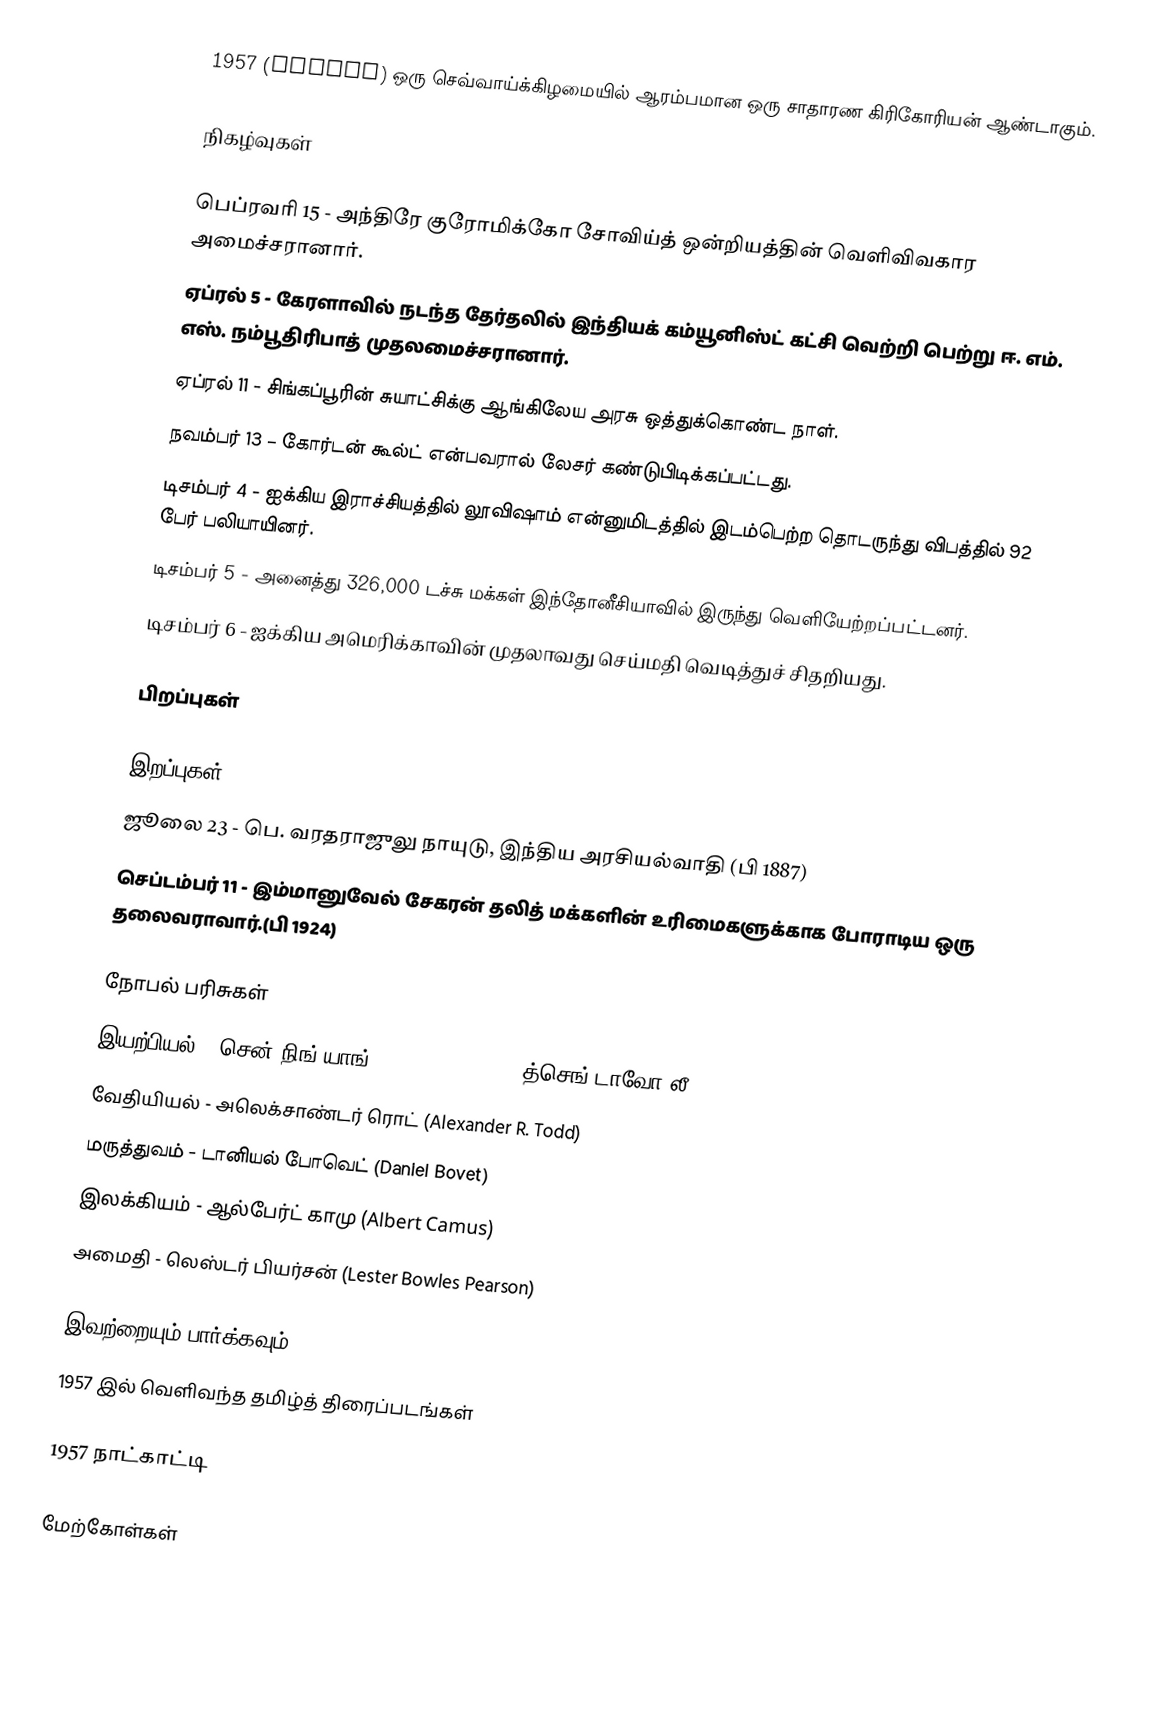
1957  (MCMLII) ஒரு செவ்வாய்க்கிழமையில் ஆரம்பமான ஒரு சாதாரண கிரிகோரியன் ஆண்டாகும்.

நிகழ்வுகள்

 பெப்ரவரி 15 - அந்திரே குரோமிக்கோ சோவிய்த் ஒன்றியத்தின் வெளிவிவகார அமைச்சரானார்.
 ஏப்ரல் 5 - கேரளாவில் நடந்த தேர்தலில் இந்தியக் கம்யூனிஸ்ட் கட்சி வெற்றி பெற்று ஈ. எம். எஸ். நம்பூதிரிபாத் முதலமைச்சரானார்.
 ஏப்ரல் 11 - சிங்கப்பூரின் சுயாட்சிக்கு ஆங்கிலேய அரசு ஒத்துக்கொண்ட நாள்.
 நவம்பர் 13 – கோர்டன் கூல்ட் என்பவரால் லேசர் கண்டுபிடிக்கப்பட்டது.
 டிசம்பர் 4 - ஐக்கிய இராச்சியத்தில் லூவிஷாம் என்னுமிடத்தில் இடம்பெற்ற தொடருந்து விபத்தில் 92 பேர் பலியாயினர்.
 டிசம்பர் 5 - அனைத்து 326,000 டச்சு மக்கள் இந்தோனீசியாவில் இருந்து வெளியேற்றப்பட்டனர்.
 டிசம்பர் 6 - ஐக்கிய அமெரிக்காவின் முதலாவது செய்மதி வெடித்துச் சிதறியது.

பிறப்புகள்

இறப்புகள்
 ஜூலை 23 - பெ. வரதராஜுலு நாயுடு, இந்திய அரசியல்வாதி (பி 1887)
 செப்டம்பர் 11 - இம்மானுவேல் சேகரன் தலித் மக்களின் உரிமைகளுக்காக போராடிய ஒரு தலைவராவார்.(பி 1924)

நோபல் பரிசுகள்
 இயற்பியல் - சென் நிங் யாங் (Chen Ning Yang), த்செங்-டாவோ லீ (Tsung-Dao Lee)
 வேதியியல் - அலெக்சாண்டர் ரொட் (Alexander R. Todd)
 மருத்துவம் - டானியல் போவெட் (Daniel Bovet)
 இலக்கியம் - ஆல்பேர்ட் காமு (Albert Camus)
 அமைதி - லெஸ்டர் பியர்சன் (Lester Bowles Pearson)

இவற்றையும் பார்க்கவும்
 1957 இல் வெளிவந்த தமிழ்த் திரைப்படங்கள்

1957 நாட்காட்டி

மேற்கோள்கள்